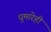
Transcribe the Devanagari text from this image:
धुमारेही